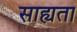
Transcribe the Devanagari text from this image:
साह्यता